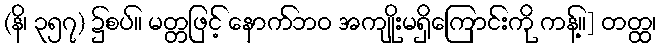
(နိ၊ ၃၅၇) ၌စပ်။ မတ္တဖြင့် နောက်ဘဝ အကျိုးမရှိကြောင်းကို ကန့်။] တတ္ထ၊